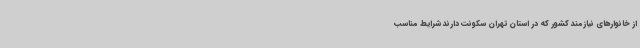
از خانوارهای نیازمند کشور که در استان تهران سکونت دارند شرایط مناسب